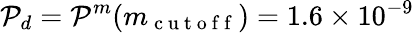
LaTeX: \mathcal{P}_{d}=\mathcal{P}^{m}(m_{\mathrm{~c~u~t~o~f~f~}})=1.6\times 10^{-9}